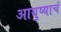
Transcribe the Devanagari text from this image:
आयुष्याचं